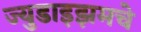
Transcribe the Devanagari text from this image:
ज्युडाइझमचे